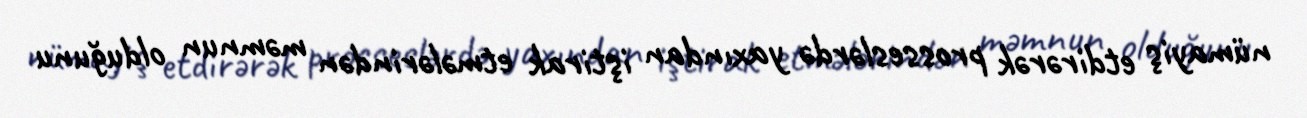
nümayiş etdirərək prosseslərdə yaxından iştirak etmələrindən məmnun olduğunu